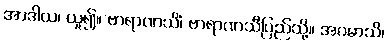
အာဒါယ၊ ယူ၍။ ဗာရာဏသိံ၊ ဗာရာဏသီပြည်သို့။ အဂမာသိ၊